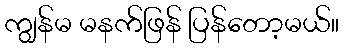
ကျွန်မ မနက်ဖြန် ပြန်တော့မယ်။